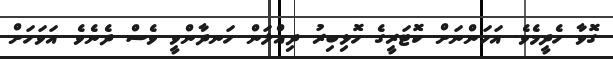
ގޮވާ ހެދީމެވެ. އަހަންނަށް ކޮޓަރީގެ ހޮޅިބިރު ދިއްލަން ހަނދާންވީ ވެސް ދެނެވެ. އަވަހަށް